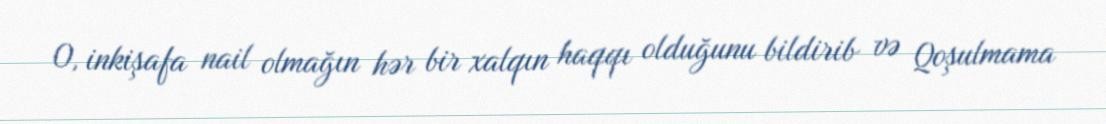
O, inkişafa nail olmağın hər bir xalqın haqqı olduğunu bildirib və Qoşulmama